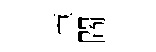
車閻